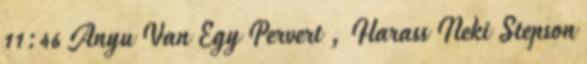
11:46 Anyu Van Egy Pervert , Harass Neki Stepson